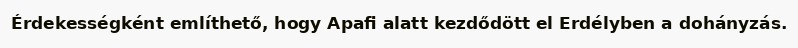
Érdekességként említhető, hogy Apafi alatt kezdődött el Erdélyben a dohányzás.